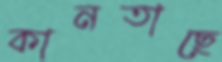
কানতাছে